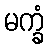
မက္ခံ